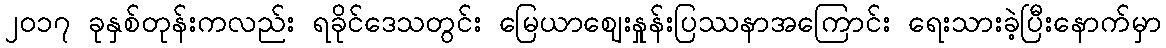
၂၀၁၇ ခုနှစ်တုန်းကလည်း ရခိုင်ဒေသတွင်း မြေယာဈေးနှုန်းပြဿနာအကြောင်း ရေးသားခဲ့ပြီးနောက်မှာ